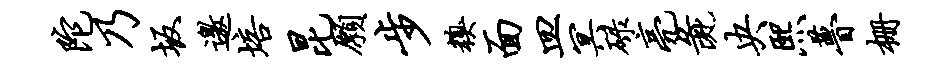
陀乃坂邀培昆愿步糗面皿冥碌亮彘央熙瞢栅